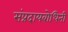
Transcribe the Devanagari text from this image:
संप्रदायबोधिनी